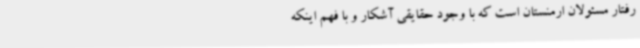
رفتار مسئولان ارمنستان است که با وجود حقایقی آشکار و با فهم اینکه